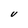
Character: V